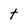
Character: t